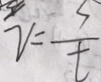
v = \frac { 5 } { t }